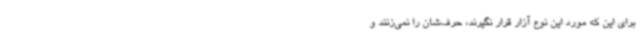
برای این که مورد این نوع آزار قرار نگیرند، حرف‌شان را نمی‌زنند و